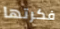
فكرتها